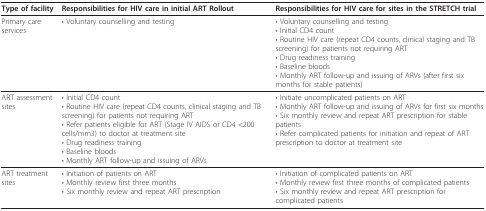
| Type of facility | Responsibilities for HIV care in initial ART Rollout | Responsibilities for HIV care for sites in the STRETCH trial |
 | --- | --- | --- |
 | Primary care services | • Voluntary counselling and testing | • Voluntary counselling and testing• Initial CD4 count• Routine HIV care (repeat CD4 counts, clinical staging and TB screening) for patients not requiring ART• Drug readiness training• Baseline bloods• Monthly ART follow-up and issuing of ARVs (after first six months for stable patients) |
 | ART assessment sites | • Initial CD4 count• Routine HIV care (repeat CD4 counts, clinical staging and TB screening) for patients not requiring ART• Refer patients eligible for ART (Stage IV AIDS or CD4 <200 cells/mm3) to doctor at treatment site• Drug readiness training• Baseline bloods• Monthly ART follow-up and issuing of ARVs | • Initiate uncomplicated patients on ART• Monthly ART follow-up and issuing of ARVs for first six months• Six monthly review and repeat ART prescription for stable patients• Refer complicated patients for initiation and repeat of ART prescription to doctor at treatment site |
 | ART treatment sites | • Initiation of patients on ART• Monthly review first three months• Six monthly review and repeat ART prescription | • Initiation of complicated patients on ART• Monthly review first three months of complicated patients• Six monthly review and repeat ART prescription for complicated patients |